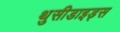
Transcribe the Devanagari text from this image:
थुसीडाइड्स